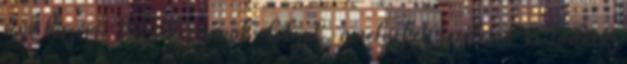
sem hiszem. Viszont vannak dolgok, amelyeket rendesen ki tudnék